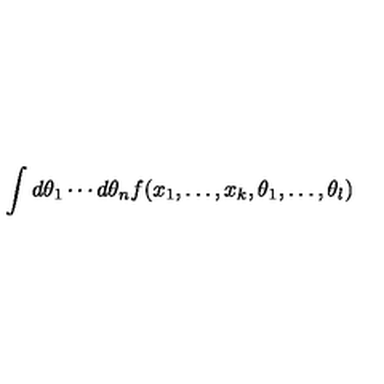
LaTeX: \int d \theta _ { 1 } \cdots d \theta _ { n } f ( x _ { 1 } , \ldots , x _ { k } , \theta _ { 1 } , \ldots , \theta _ { l } )